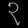
Digit: ၃